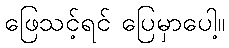
ဖြေသင့်ရင် ပြေမှာပေါ့။